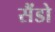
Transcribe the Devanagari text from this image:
सैंडो